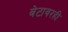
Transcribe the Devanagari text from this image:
बेटावरही